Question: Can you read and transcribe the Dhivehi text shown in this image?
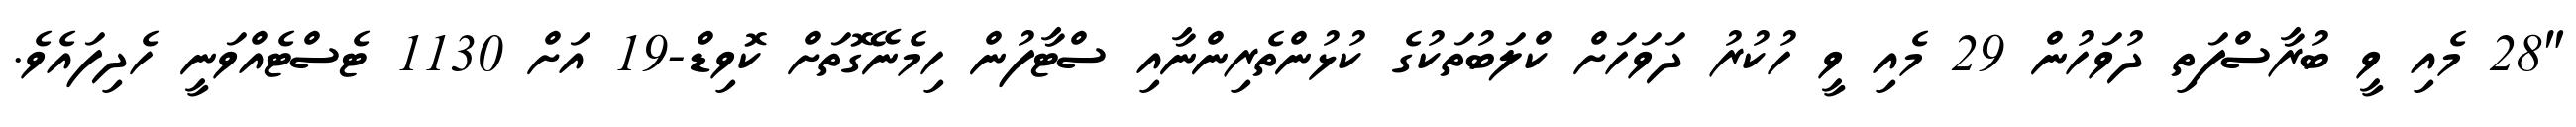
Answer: "28 މެއި ވީ ބުރާސްފަތި ދުވަހުން 29 މެއި ވީ ހުކުރު ދަވަހަށް ކްލަބުތަކުގެ ކުޅުންތެރިންނާއި ސްޓާފުން ހިމެނޭގޮތަށް ކޮވިޑް-19 އަށް 1130 ޓެސްޓެއްވަނީ ހެދިފައެވެ.